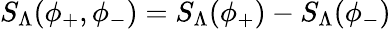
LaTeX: S_{\Lambda}(\phi_{+},\phi_{-})=S_{\Lambda}(\phi_{+})-S_{\Lambda}(\phi_{-})